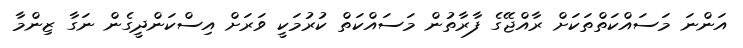
އަންނަ މަސައްކަތްތަކަށް ރާއްޖޭގެ ފާރާތުން މަސައްކަތް ކުރުމަކީ ވަރަށް އިސްކަންދީގެން ނަގާ ޒިންމާ